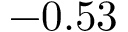
- 0 . 5 3